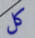
كل